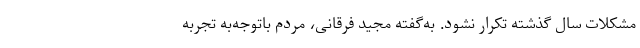
مشکلات سال گذشته تکرار نشود. به‌گفته مجید فرقانی، مردم باتوجه‌به تجربه